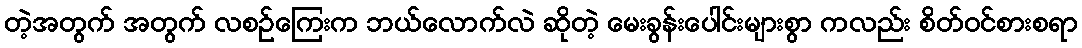
တဲ့အတွက် အတွက် လစဉ်ကြေးက ဘယ်လောက်လဲ ဆိုတဲ့ မေးခွန်းပေါင်းများစွာ ကလည်း စိတ်ဝင်စားစရာ